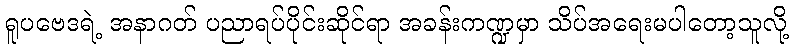
ရူပဗေဒရဲ့ အနာဂတ် ပညာရပ်ပိုင်းဆိုင်ရာ အခန်းကဏ္ဍမှာ သိပ်အရေးမပါတော့သူလို့